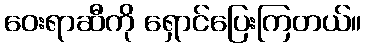
ဝေးရာဆီကို ရှောင်ပြေးကြတယ်။